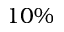
1 0 \%